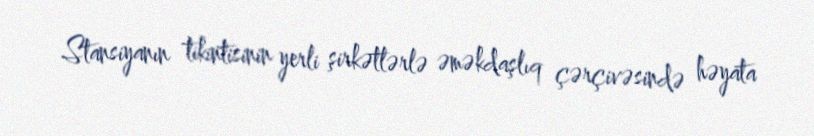
Stansiyanın tikintisinin yerli şirkətlərlə əməkdaşlıq çərçivəsində həyata